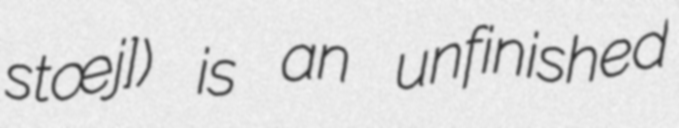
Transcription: sɑ̃tœj]) is an unfinished